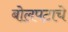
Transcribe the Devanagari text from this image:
बोलपटाचे